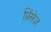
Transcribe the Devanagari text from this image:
प्रिंसेज़